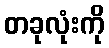
တခုလုံးကို